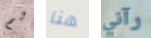
لم هنا رآني